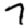
Digit: 7